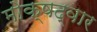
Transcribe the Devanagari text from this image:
मोक्षद्वार